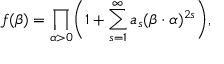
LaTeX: f ( \beta ) = \prod _ { \alpha > 0 } \biggl ( 1 + \sum _ { s = 1 } ^ { \infty } a _ { s } ( \beta \cdot \alpha ) ^ { 2 s } \biggr ) ,